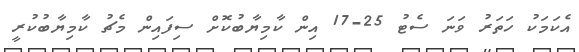
އެކަމަކު ހަތަރު ވަނަ ސެޓު 25-17 އިން ކާމިޔާބުކޮށް ސިފައިން މެޗު ކާމިޔާބުކުރީ